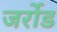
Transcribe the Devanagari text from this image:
जर्रोड